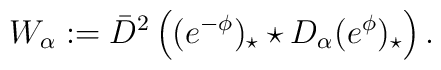
W_\alpha:=\bar D^2\left((e^{-\phi})_\star\star D_\alpha(e^\phi)_\star\right).